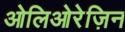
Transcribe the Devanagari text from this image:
ओलिओरेज़िन